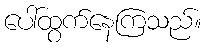
ပေါ်ထွက်နေကြသည်။